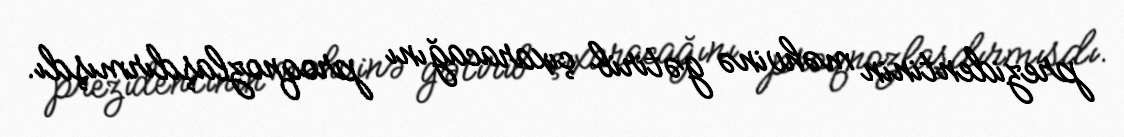
prezidentinin məhvinə gətirib çıxaracağını proqnozlaşdırmışdı.